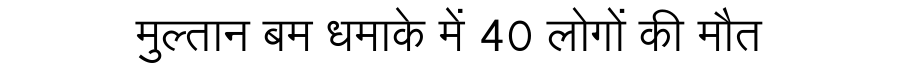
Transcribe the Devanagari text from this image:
मुल्तान बम धमाके में 40 लोगों की मौत